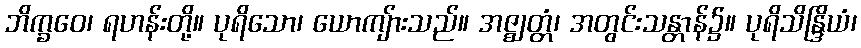
ဘိက္ခဝေ၊ ရဟန်းတို့။ ပုရိသော၊ ယောကျ်ားသည်။ အဇ္ဈတ္တံ၊ အတွင်းသန္တာန်၌။ ပုရိသိန္ဒြိယံ၊